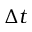
\Delta t